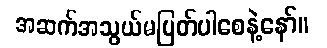
အဆက်အသွယ်မပြတ်ပါစေနဲ့နော်။